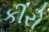
કીરો